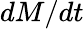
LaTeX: dM/dt